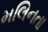
મલિનતા